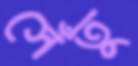
সেঁতু